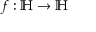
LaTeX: \; f : \mathbb { H } \to \mathbb { H }